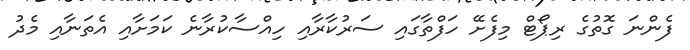
ފެންނަ ގޮތުގެ ރިޕޯޓް މިފެށޭ ހަފްތާގައި ސަރުކާރާއި ހިއްސާކުރާނެ ކަމަށާއި އެތަނާއި މެދު